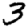
Digit: 3